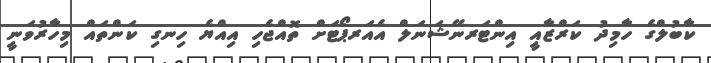
ކާބުލްގެ ހާމިދު ކަރްޒާއީ އިންޓަރނޭޝަނަލް އެއަރޕޯޓަށް ތޮއްޖެހި އިއްޔެ ހިނގި ކަންތައް މިހާރުވަނީ